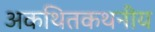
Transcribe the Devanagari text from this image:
अकथितकथनीय